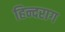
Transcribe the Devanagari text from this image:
हिन्दराग